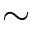
\sim